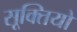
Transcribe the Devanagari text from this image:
सूक्तियो